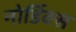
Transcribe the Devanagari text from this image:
नोर्डिक्स